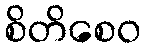
စိတိစေဝ